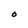
Character: O